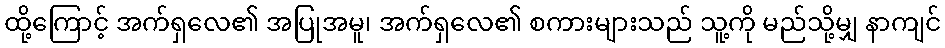
ထို့ကြောင့် အက်ရှလေ၏ အပြုအမူ၊ အက်ရှလေ၏ စကားများသည် သူ့ကို မည်သို့မျှ နာကျင်